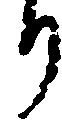
り